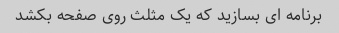
برنامه ای بسازید که یک مثلث روی صفحه بکشد